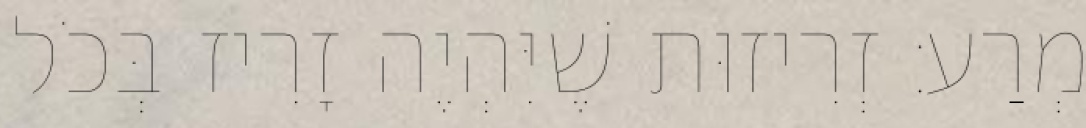
מְרַע: זְרִיזוּת שֶׁיִּהְיֶה זָרִיז בְּכֹל